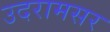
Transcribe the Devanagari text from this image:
उदरामसर